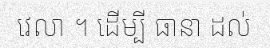
វេលា ។ ដើម្បី ធានា ដល់